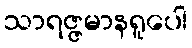
သာရဇ္ဇမာနရူပေါ